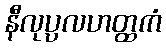
နီလုပ္ပလဟတ္ထကံ